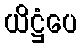
ယိဋ္ဌံပေ